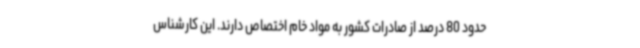
حدود 80 درصد از صادرات کشور به مواد خام اختصاص دارند. این کارشناس